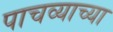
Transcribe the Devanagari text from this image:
पाचव्याच्या